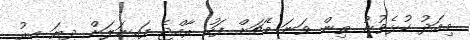
މިއަދު ކުޅެވުނު ތިން ވަނަ މެޗަށް ފަހު ރާއްޖެ ފައިނަލަށް ދިޔަ އިރު